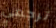
ترجعي